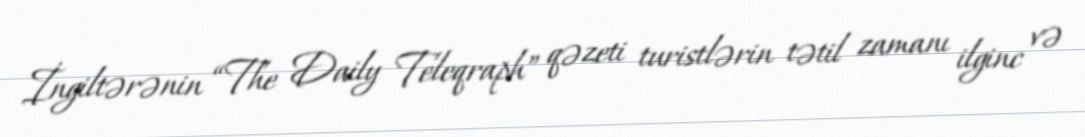
İngiltərənin “The Daily Teleqraph” qəzeti turistlərin tətil zamanı ilginc və